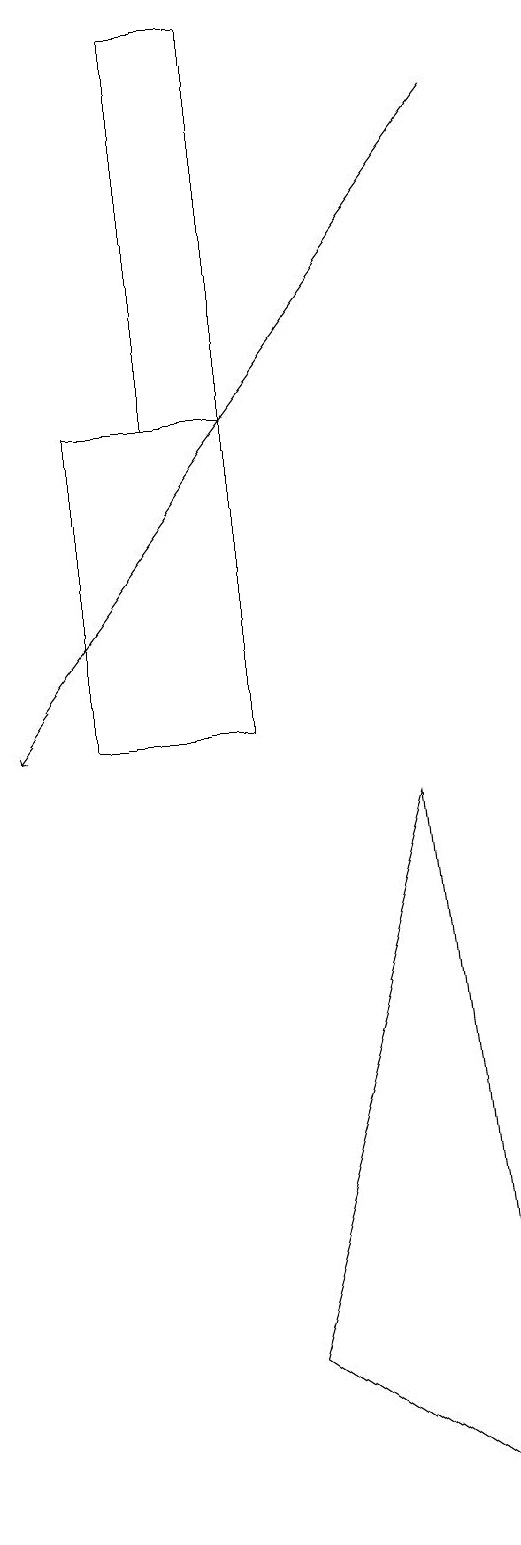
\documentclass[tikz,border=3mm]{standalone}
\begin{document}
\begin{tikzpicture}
\draw[->] (7,18) -- (1,10);
\draw (7,0) -- (4,2) -- (6,9) -- cycle;
\draw (3,19) rectangle (4,14);
\draw (2,14) rectangle (4,10);
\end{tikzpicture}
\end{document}